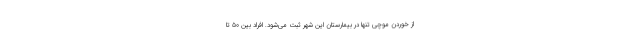
از خوردن موچی تنها در بیمارستان این شهر ثبت می‌شود. افراد بین ۵۰ تا